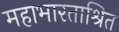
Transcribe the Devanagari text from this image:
महाभारताश्रित